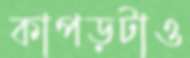
কাপড়টাও